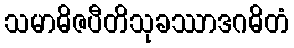
သမာဓိဇပီတိသုခဿာဒဂဓိတံ